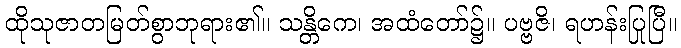
ထိုသုဇာတမြတ်စွာဘုရား၏။ သန္တိကေ၊ အထံတော်၌။ ပဗ္ဗဇိ၊ ရဟန်းပြုပြီ။